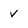
Character: v